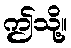
ဤသို့။